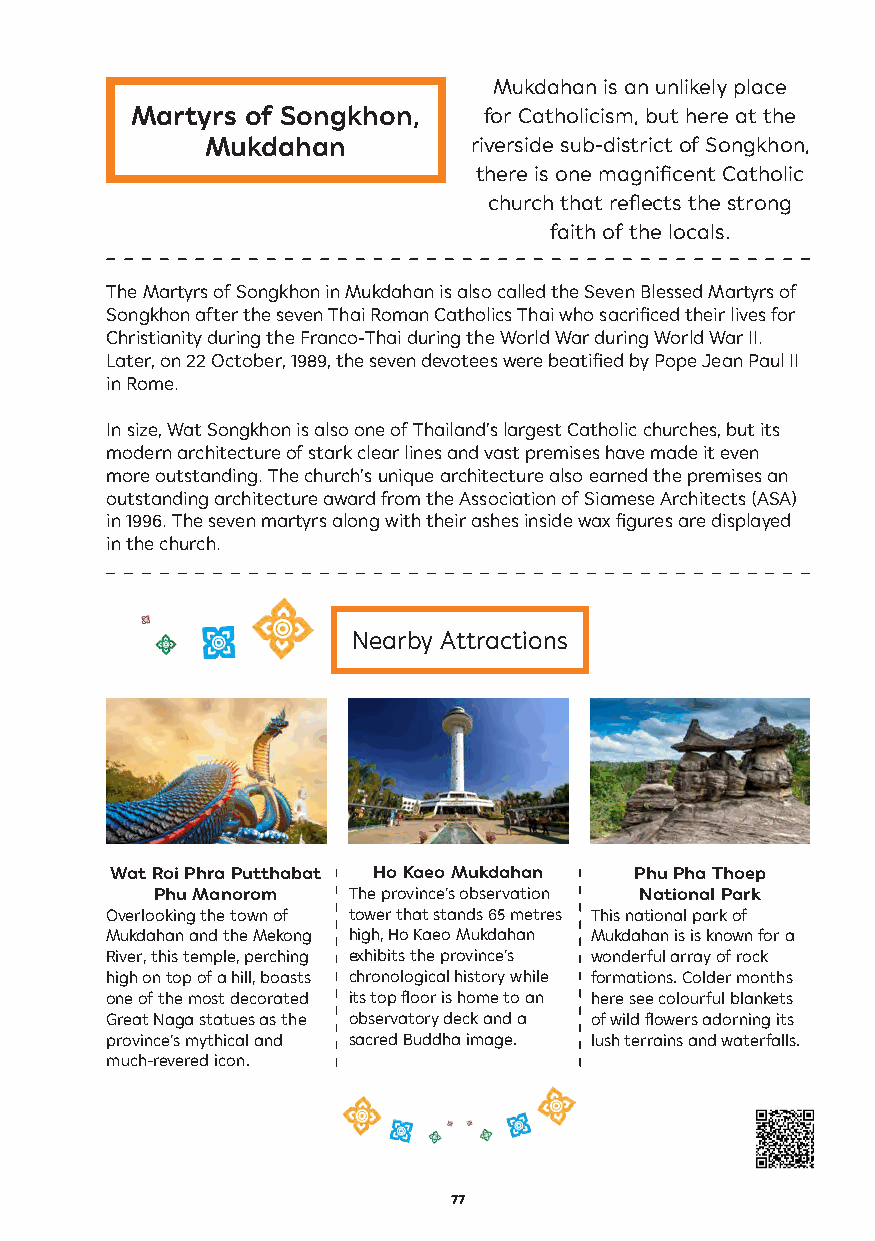
Mukdahan is an unlikely place
 Martyrs of Songkhon,   for Catholicism, but here at the
 Mukdahan         riverside sub-district of Songkhon,
 there is one magnificent Catholic
 church that reflects the strong
 faith of the locals.
 The Martyrs of Songkhon in Mukdahan is also called the Seven Blessed Martyrs of
 Songkhon after the seven Thai Roman Catholics Thai who sacrificed their lives for
 Christianity during the Franco-Thai during the World War during World War II.
 Later, on 22 October, 1989, the seven devotees were beatified by Pope Jean Paul II
 in Rome.
 In size, Wat Songkhon is also one of Thailand’s largest Catholic churches, but its
 modern architecture of stark clear lines and vast premises have made it even
 more outstanding. The church’s unique architecture also earned the premises an
 outstanding architecture award from the Association of Siamese Architects (ASA)
 in 1996. The seven martyrs along with their ashes inside wax figures are displayed
 in the church.
 Nearby Attractions
 Wat Roi Phra Putthabat Ho Kaeo Mukdahan Phu Pha Thoep
 Phu Manorom  The province’s observation National Park
 Overlooking the town of tower that stands 65 metres This national park of
 Mukdahan and the Mekong high, Ho Kaeo Mukdahan Mukdahan is is known for a
 River, this temple, perching exhibits the province’s wonderful array of rock
 high on top of a hill, boasts chronological history while formations. Colder months
 one of the most decorated its top floor is home to an here see colourful blankets
 Great Naga statues as the observatory deck and a of wild flowers adorning its
 province’s mythical and sacred Buddha image. lush terrains and waterfalls.
 much-revered icon.
 77